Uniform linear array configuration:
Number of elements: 4
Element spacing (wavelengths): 1
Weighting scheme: kaiser
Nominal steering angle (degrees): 45
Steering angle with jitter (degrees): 44.535
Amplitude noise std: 0.05
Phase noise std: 0.05

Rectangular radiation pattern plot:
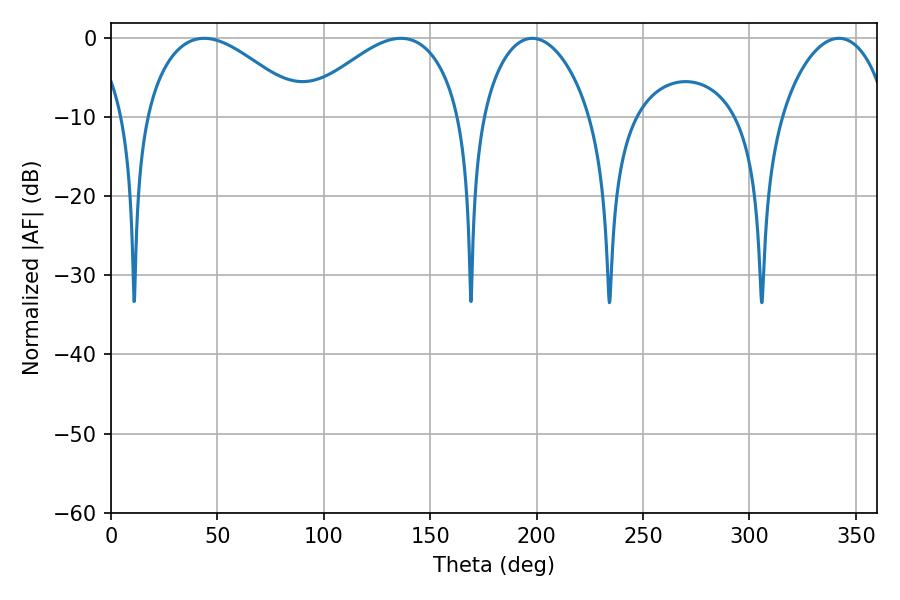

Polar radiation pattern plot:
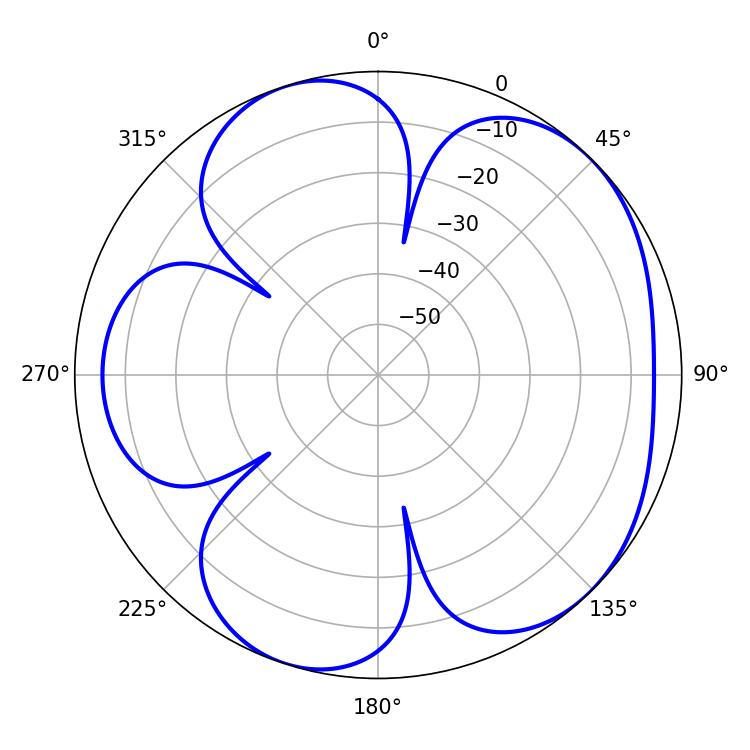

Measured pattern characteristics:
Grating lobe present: TRUE
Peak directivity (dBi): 5.161
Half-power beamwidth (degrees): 41.04
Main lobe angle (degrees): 43.74